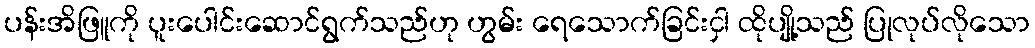
ပန်းအိဖြူကို ပူးပေါင်းဆောင်ရွက်သည်ဟု ဟွမ်း ရေသောက်ခြင်းငှါ ထိုပျို့သည် ပြုလုပ်လိုသော